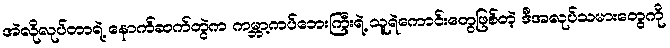
အဲလိုလုပ်တာရဲ့ နောက်ဆက်တွဲက ကမ္ဘာ့ကပ်ဘေးကြီးရဲ့ သူရဲကောင်းတွေဖြစ်တဲ့ ဒီအလုပ်သမားတွေကို